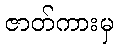
ဇာတ်ကားမှ